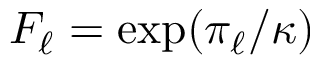
F _ { \ell } = \exp ( \pi _ { \ell } / \kappa )